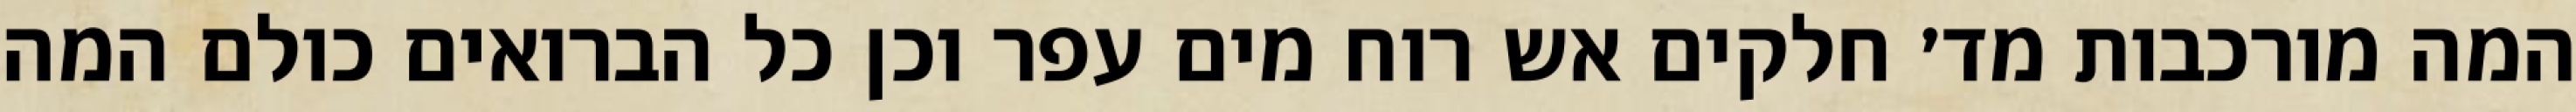
המה מורכבות מד׳ חלקים אש רוח מים עפר וכן כל הברואים כולם המה